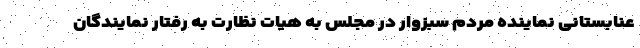
عنابستانی نماینده مردم سبزوار در مجلس به هیات نظارت به رفتار نمایندگان